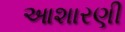
આશારણી